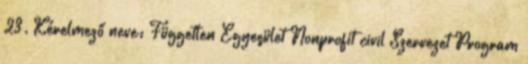
23. Kérelmező neve: Független Egyesület Nonprofit civil Szervezet Program